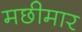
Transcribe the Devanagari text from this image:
मछीमार